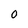
Character: 0